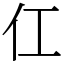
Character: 仜